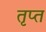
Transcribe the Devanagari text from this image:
तृप्‍त